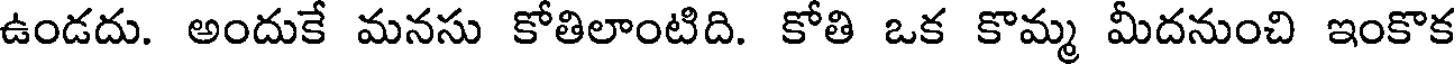
ఉండదు. అందుకే మనసు కోతిలాంటిది. కోతి ఒక కొమ్మ మీదనుంచి ఇంకొక